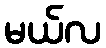
မယ်လ